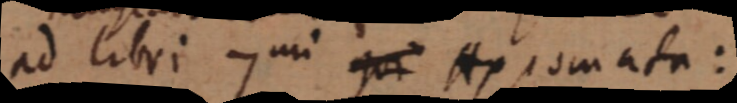
ad libri 7 mi que Axiomata: